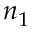
n _ { 1 }